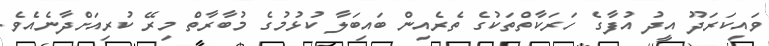
ވައިކަރަދޫ އީދު އުފާގެ ހަރަކާތްތަކުގެ ތެރެއިން ބައިިބަލާ ކުޅުމުގެ މުބާރާތް މިރޭ ކުރިއަށްދާނެއެވެ.